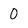
Character: 0